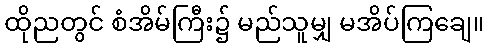
ထိုညတွင် စံအိမ်ကြီး၌ မည်သူမျှ မအိပ်ကြချေ။